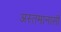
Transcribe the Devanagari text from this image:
अस्तमानासी